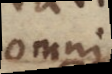
omni